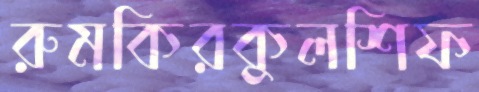
রুমকিরকুলশিফ